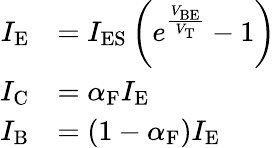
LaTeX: {\begin{array}{rl}{I_{\mathrm{E}}}&{=I_{\mathrm{ES}}\left(e^{\frac{V_{\mathrm{BE}}}{V_{\mathrm{T}}}}-1\right)}\\ {I_{\mathrm{C}}}&{=\alpha_{\mathrm{F}}I_{\mathrm{E}}}\\ {I_{\mathrm{B}}}&{=\left(1-\alpha_{\mathrm{F}}\right)I_{\mathrm{E}}}\end{array}}